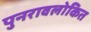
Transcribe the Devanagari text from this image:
पुनरावलोकित